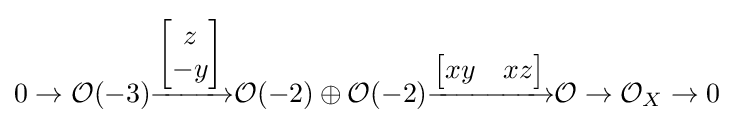
0\to {\mathcal {O}}(-3){\xrightarrow {\begin{bmatrix}z\\-y\end{bmatrix}}}{\mathcal {O}}(-2)\oplus {\mathcal {O}}(-2){\xrightarrow {\begin{bmatrix}xy&xz\end{bmatrix}}}{\mathcal {O}}\to {\mathcal {O}}_{X}\to 0